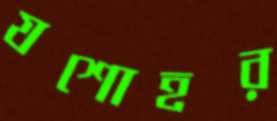
যশোহর